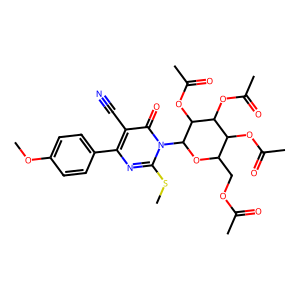
SMILES: COc1ccc(-c2nc(SC)n(C3OC(COC(C)=O)C(OC(C)=O)C(OC(C)=O)C3OC(C)=O)c(=O)c2C#N)cc1
Inhibits HIV replication: No